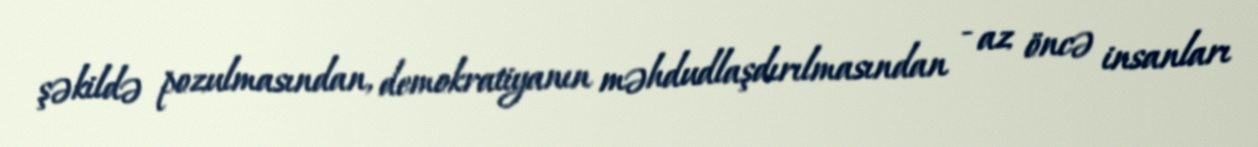
şəkildə pozulmasından, demokratiyanın məhdudlaşdırılmasından - az öncə insanları